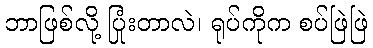
ဘာဖြစ်လို့ ပြုံးတာလဲ၊ ရုပ်ကိုက စပ်ဖြဲဖြဲ